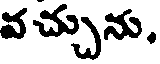
వ చ్చును,